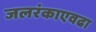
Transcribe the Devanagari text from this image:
जलरंकाएवढा